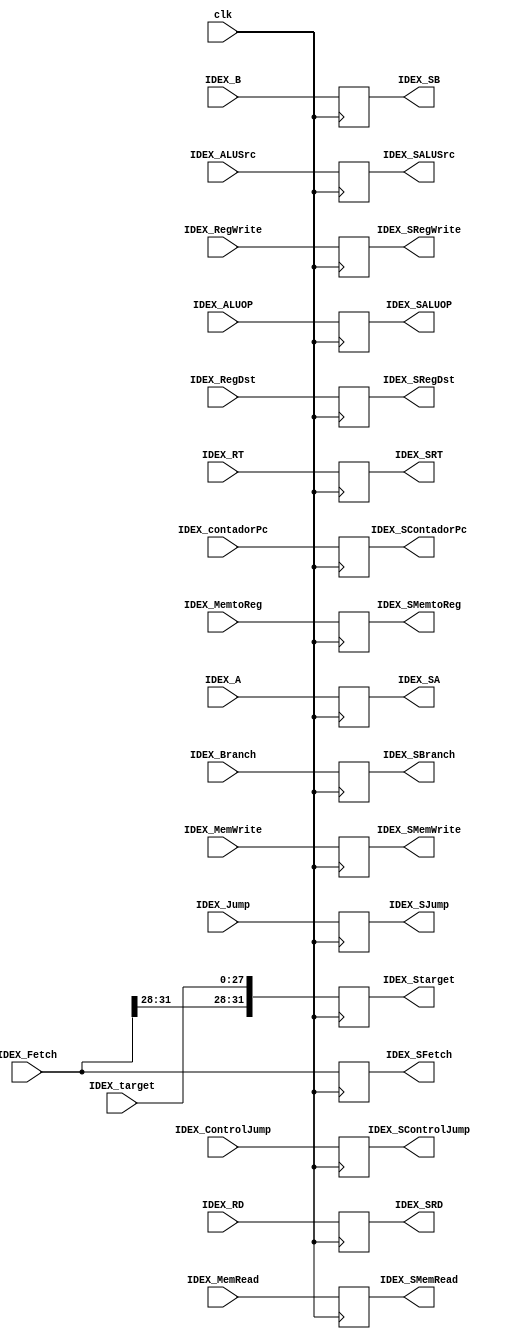
`timescale 1ns/1ns

module IDEX(
	input [4:0]IDEX_RD,IDEX_RT,
	input [31:0]IDEX_A,IDEX_B,IDEX_Fetch,IDEX_Jump,
	input [27:0]IDEX_target,
	input [31:0]IDEX_contadorPc,
	input IDEX_RegDst,IDEX_Branch,IDEX_MemRead,IDEX_MemtoReg,IDEX_MemWrite,IDEX_ALUSrc,IDEX_RegWrite,IDEX_ControlJump,
	input [2:0]IDEX_ALUOP,
	input clk,
	output reg[4:0]IDEX_SRD,IDEX_SRT,
	output reg[31:0]IDEX_SA,IDEX_SB,IDEX_SFetch,IDEX_SJump,IDEX_Starget,
	output reg IDEX_SRegDst,IDEX_SBranch,IDEX_SMemRead,IDEX_SMemtoReg,IDEX_SMemWrite,IDEX_SALUSrc,IDEX_SRegWrite,IDEX_SControlJump,
	output reg[2:0]IDEX_SALUOP,
	output reg[31:0]IDEX_SContadorPc
);

always @(posedge clk)
	begin
		IDEX_SFetch = IDEX_Fetch;
		IDEX_SA = IDEX_A;
		IDEX_SB = IDEX_B;
		IDEX_SJump = IDEX_Jump;
		IDEX_SRD = IDEX_RD;
		IDEX_SRT = IDEX_RT;
		IDEX_Starget = {IDEX_Fetch[31:28],IDEX_target};
		
		IDEX_SRegDst = IDEX_RegDst;
		IDEX_SBranch = IDEX_Branch;
		IDEX_SMemRead = IDEX_MemRead;
		IDEX_SMemtoReg = IDEX_MemtoReg;
		IDEX_SMemWrite = IDEX_MemWrite;
		IDEX_SALUSrc = IDEX_ALUSrc;
		IDEX_SRegWrite = IDEX_RegWrite;
		IDEX_SALUOP = IDEX_ALUOP;
		IDEX_SControlJump = IDEX_ControlJump;
		IDEX_SContadorPc = IDEX_contadorPc;
	end

endmodule